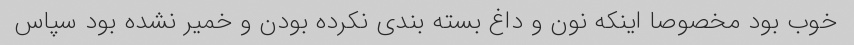
خوب بود مخصوصا اینکه نون و داغ بسته بندی نکرده بودن و خمیر نشده بود سپاس